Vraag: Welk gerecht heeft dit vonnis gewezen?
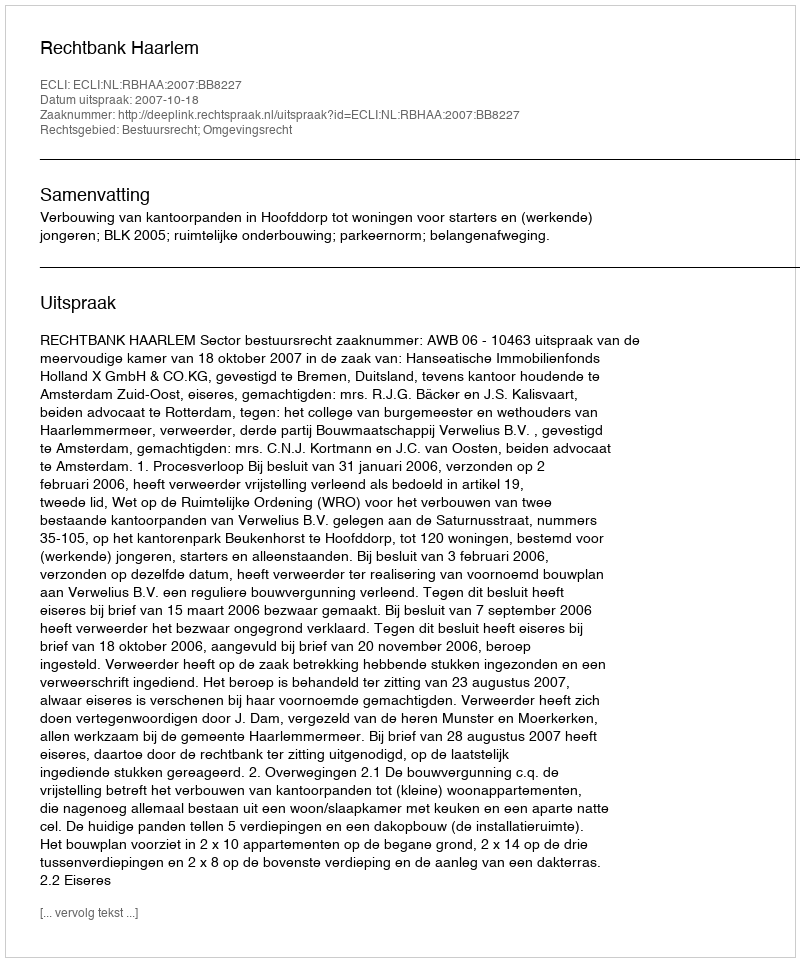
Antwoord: Rechtbank Haarlem